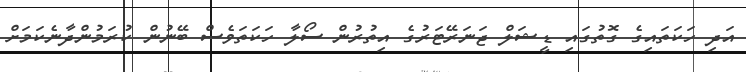
އަދި ހަކަތައިގެ ގޮތުގައި ޑީޝަލް ޖަނަރޭޓަރުގެ އިތުރުން ސޯލާ ހަކަތަވެސް ބޭނުން ކުރަމުންދާނެކަމަށް